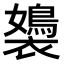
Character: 𧞡